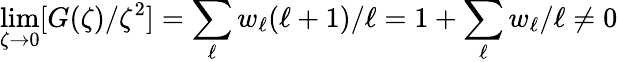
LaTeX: \operatorname*{lim}_{\zeta\to 0}[G(\zeta)/\zeta^{2}]=\sum_{\ell}w_{\ell}(\ell+1)/\ell=1+\sum_{\ell}w_{\ell}/\ell\ne 0